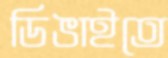
ডিঙাইতে